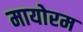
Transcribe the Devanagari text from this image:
मायोरम